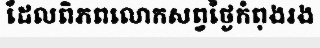
ដែលពិភពលោកសព្វថ្ងៃកំពុងរង